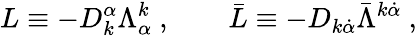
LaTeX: L\equiv-D_{k}^{\alpha}\Lambda_{\alpha}^{k}\ ,\qquad\bar{L}\equiv-D_{k\dot{\alpha}}\bar{\Lambda}^{k\dot{\alpha}}\ ,